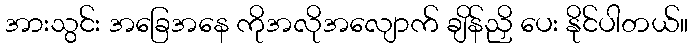
အားသွင်း အခြေအနေ ကိုအလိုအလျောက် ချိန်ညှိ ပေး နိုင်ပါတယ်။